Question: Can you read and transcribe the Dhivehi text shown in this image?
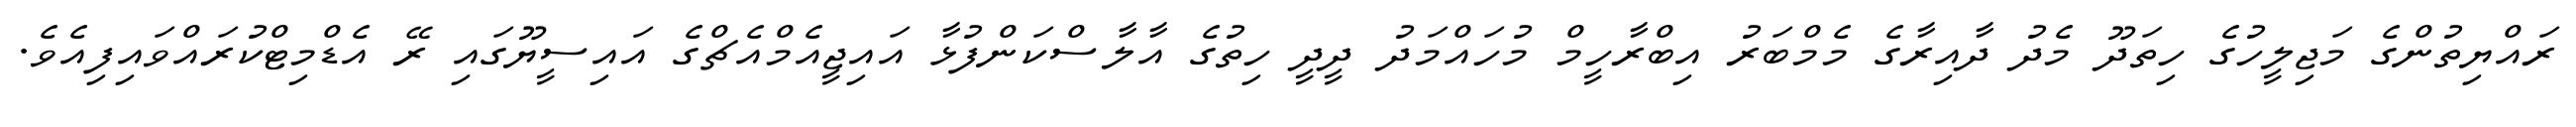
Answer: ރައްޔިތުންގެ މަޖިލީހުގެ ހިތަދޫ މެދު ދާއިރާގެ މެމްބަރު އިބްރާހީމް މުހައްމަދު ދީދީ ހިތުގެ އާލާސްކަންފުޅާ އައިޖީއެމްއެޗްގެ އައިސީޔޫގައި ރޭ އެޑްމިޓްކުރައްވައިފިއެވެ.